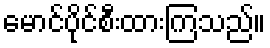
မောင်ပိုင်စီးထားကြသည်။